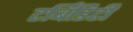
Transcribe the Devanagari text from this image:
टर्बिडिटी